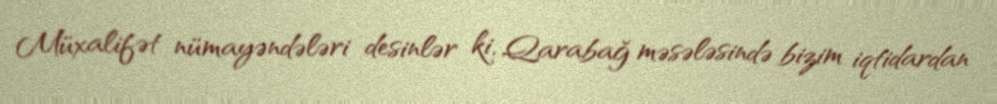
Müxalifət nümayəndələri desinlər ki, Qarabağ məsələsində bizim iqtidardan